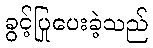
ခွင့်ပြုပေးခဲ့သည်